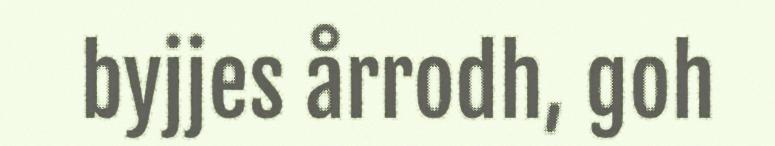
byjjes årrodh, goh